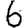
Digit: 6